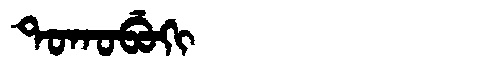
Manchu: ᡨᠣᡴᠣᠪᡠᡴᡳ
Romanization: TOKOBUKI